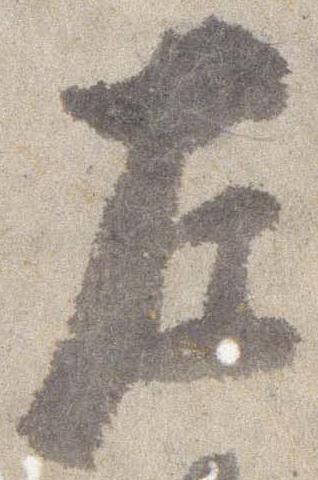
左